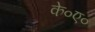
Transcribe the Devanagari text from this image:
के०ए०